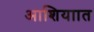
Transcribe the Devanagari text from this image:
आशियाात